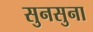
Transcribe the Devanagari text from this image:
सुनसुना